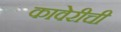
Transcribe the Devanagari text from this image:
कावेरीची